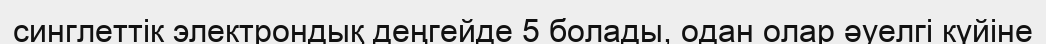
синглеттік электрондық деңгейде 5 болады, одан олар әуелгі күйіне